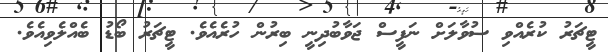
ޓީޗަރު ކުރެއްވި ސުވާލަށް ނަފީސް ޖަވާބުދިނީ ބިރުން ހުރެއެވެ. ޓީޗަރު ބޯޑު ބެއްލެވިއެވެ.